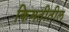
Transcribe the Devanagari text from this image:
किमतीतील